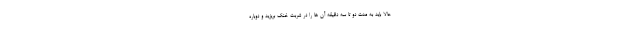
حالا باید به مدت دو تا سه دقیقه آن ها را در شربت خنک بریزید و دوباره